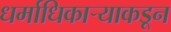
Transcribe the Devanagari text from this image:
धर्माधिकार्‍याकडून